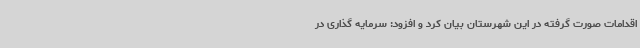
اقدامات صورت گرفته در این شهرستان بیان کرد و افزود: سرمایه گذاری در